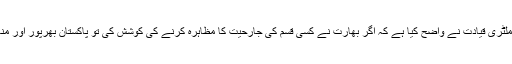
پاکستان کی سول و ملٹری قیادت نے واضح کیا ہے کہ اگر بھارت نے کسی قسم کی جارحیت کا مظاہرہ کرنے کی کوشش کی تو پاکستان بھرپور اور منہ توڑ جواب دے گا۔